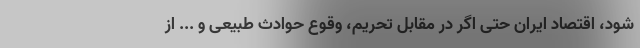
شود، اقتصاد ایران حتی اگر در مقابل تحریم، وقوع حوادث طبیعی و ... از